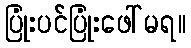
ပြုံးပင်ပြုံးဖေါ်မရ။